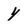
Character: Y